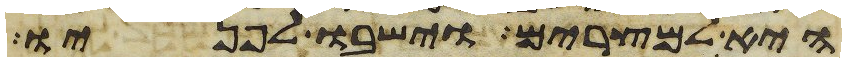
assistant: היא למצרים וישבו לפניו